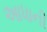
આધાની